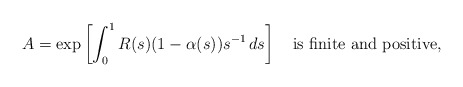
\begin{align*} A=\exp\left[\int_0^1 R(s)(1-\alpha(s))s^{-1}\,ds\right] \quad\hbox{is finite and positive,} \end{align*}